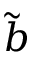
\tilde { b }